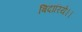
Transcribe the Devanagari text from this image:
बिदारिये।।